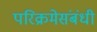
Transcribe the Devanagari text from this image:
परिक्रमेसंबंधी